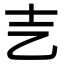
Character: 㐊